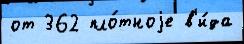
от 362 пло́тноjе в'и́да